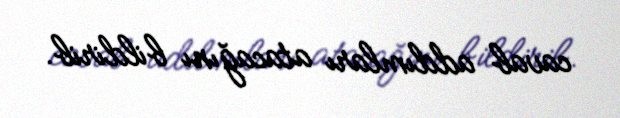
cavab addımları atacağını bildirib.